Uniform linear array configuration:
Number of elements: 64
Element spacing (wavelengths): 1
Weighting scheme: blackman
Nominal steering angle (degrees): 30
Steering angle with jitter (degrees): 31.329
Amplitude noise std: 0.05
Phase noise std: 0.05

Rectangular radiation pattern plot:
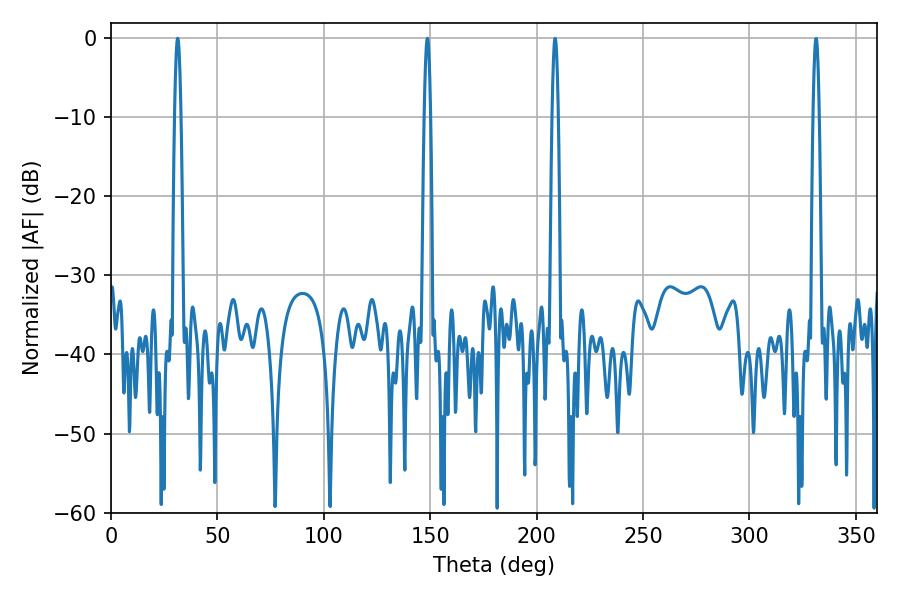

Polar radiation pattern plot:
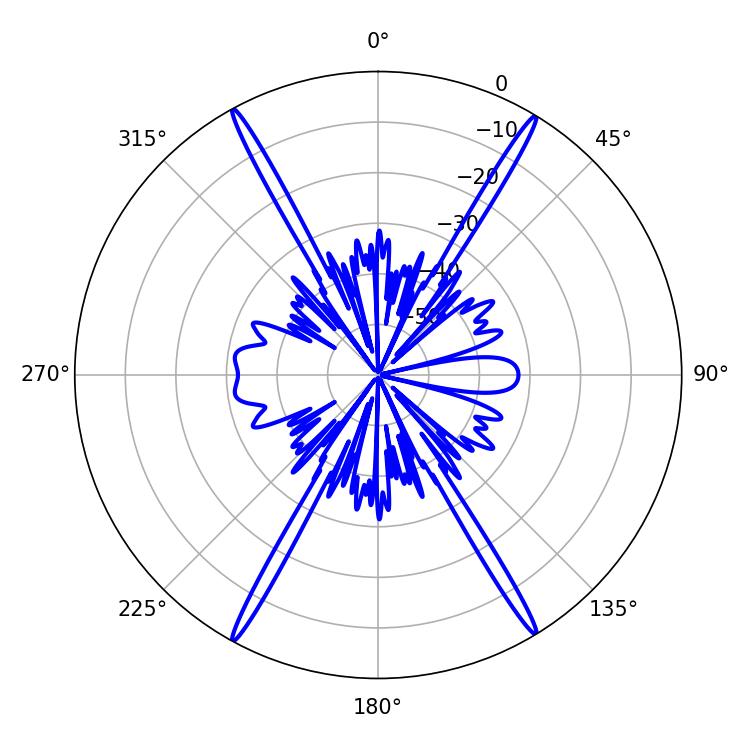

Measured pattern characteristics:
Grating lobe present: TRUE
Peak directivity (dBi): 27.873
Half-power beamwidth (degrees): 1.44
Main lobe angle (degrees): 31.32